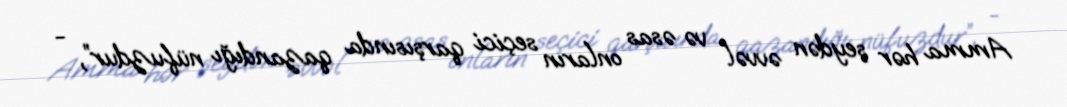
Amma hər şeydən əvvəl və əsas onların seçici qarşısında qazandığı nüfuzdur”, -